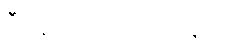
ဒီနေ့ သောကြောနေ့ပါ။